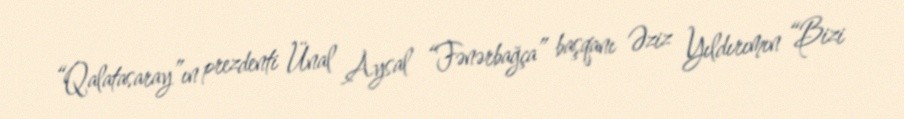
“Qalatasaray”ın prezdenti Ünal Aysal “Fənərbağça” başqanı Əziz Yıldırımın “Bizi